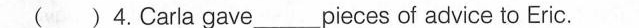
( ) 4.Carla gave___pieces of advice to Eric.